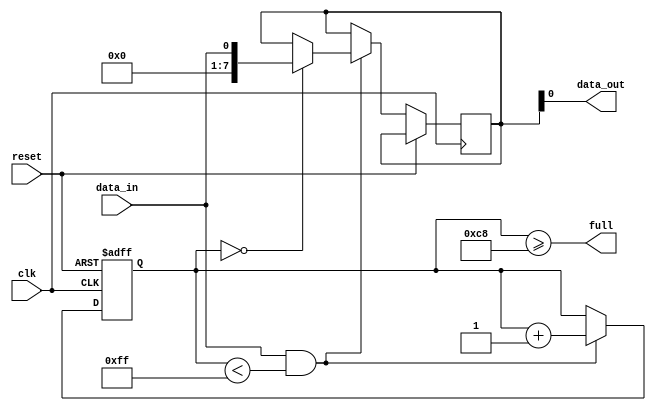
module almost_full_fifo (
    input wire clk,
    input wire reset,
    input wire data_in,
    output wire data_out,
    output wire full
);

reg [7:0] buffer [0:255];
reg [7:0] fill_level;
reg [7:0] threshold = 200;

always @ (posedge clk or posedge reset) begin
    if (reset == 1'b1) begin
        fill_level <= 0;
    end else if (data_in == 1'b1 && fill_level < 255) begin
        buffer[fill_level] <= data_in;
        fill_level <= fill_level + 1;
    end
end

assign data_out = buffer[0];
assign full = fill_level >= threshold;

endmodule